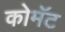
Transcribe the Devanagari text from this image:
कोमॅट